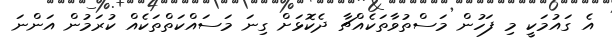
އެ ގައުމަކީ މި ފަހުން މަސްތުވާތަކެއްޗާ ދެކޮޅަށް ގިނަ މަސައްކަތްތަކެއް ކުރަމުން އަންނަ